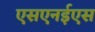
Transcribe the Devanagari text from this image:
एसएनईएस